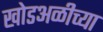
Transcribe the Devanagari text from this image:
खोडअळीच्या